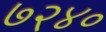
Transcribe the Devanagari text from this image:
७२४०